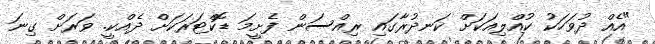
"އެއް ދުވަހަކު ކުއްލިއަކަށް ކަނދުރާގައި ރިއްސަން ފެށީމަ ޑޮކްޓަރަކަށް ދެއްކީ. ވަރަށް ގިނަ